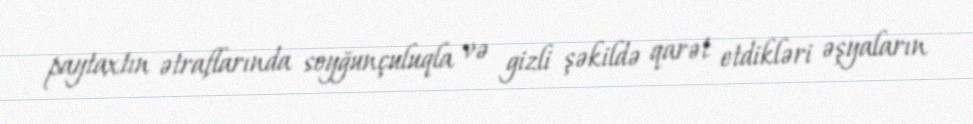
paytaxtın ətraflarında soyğunçuluqla və gizli şəkildə qarət etdikləri əşyaların